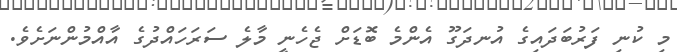
މި ކުނި ފަރުބަދައިގެ އުނދަގޫ އެންމެ ބޮޑަށް ޖެހެނީ މާލެ ސަރަހައްދުގެ އާއްމުންނަށެވެ.